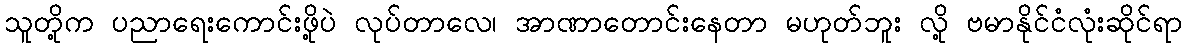
သူတို့က ပညာရေးကောင်းဖို့ပဲ လုပ်တာလေ၊ အာဏာတောင်းနေတာ မဟုတ်ဘူး လို့ ဗမာနိုင်ငံလုံးဆိုင်ရာ